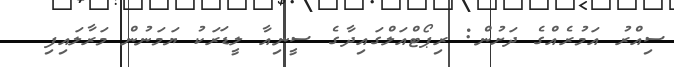
ސިއްރު އަމުރެއްގެ ދަށުން: ރިޕޯޓްއަލްގައިދާގެ ސީނިއާ ލީޑަރަކު ޔަމަނުން މަރާލައިފި